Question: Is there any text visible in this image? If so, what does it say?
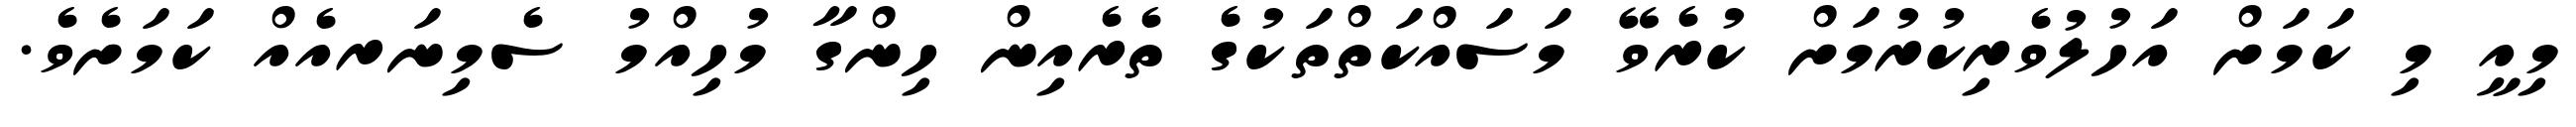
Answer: މިއީ މި ކަމަށް އަހުލުވެރިކުރުމަށް ކުރެވޭ މަސައްކަތްތަކުގެ ތެރެއިން ހިންގާ މުހިއްމު ސެމިނަރއެއް ކަމަށެވެ.